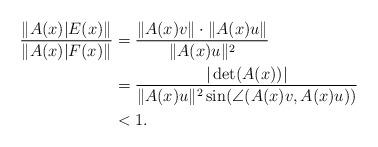
LaTeX: \begin{align*}\begin{aligned}\frac{\|A(x)|{E(x)}\|}{\|A(x)|{F(x)}\|}&=\frac{\|A(x)v\|\cdot\|A(x)u\|}{\|A(x)u\|\sp2}\\&=\frac{|\det(A(x))|}{\|A(x)u\|\sp2\sin(\angle(A(x)v,A(x)u))}\\&<1.\end{aligned}\end{align*}